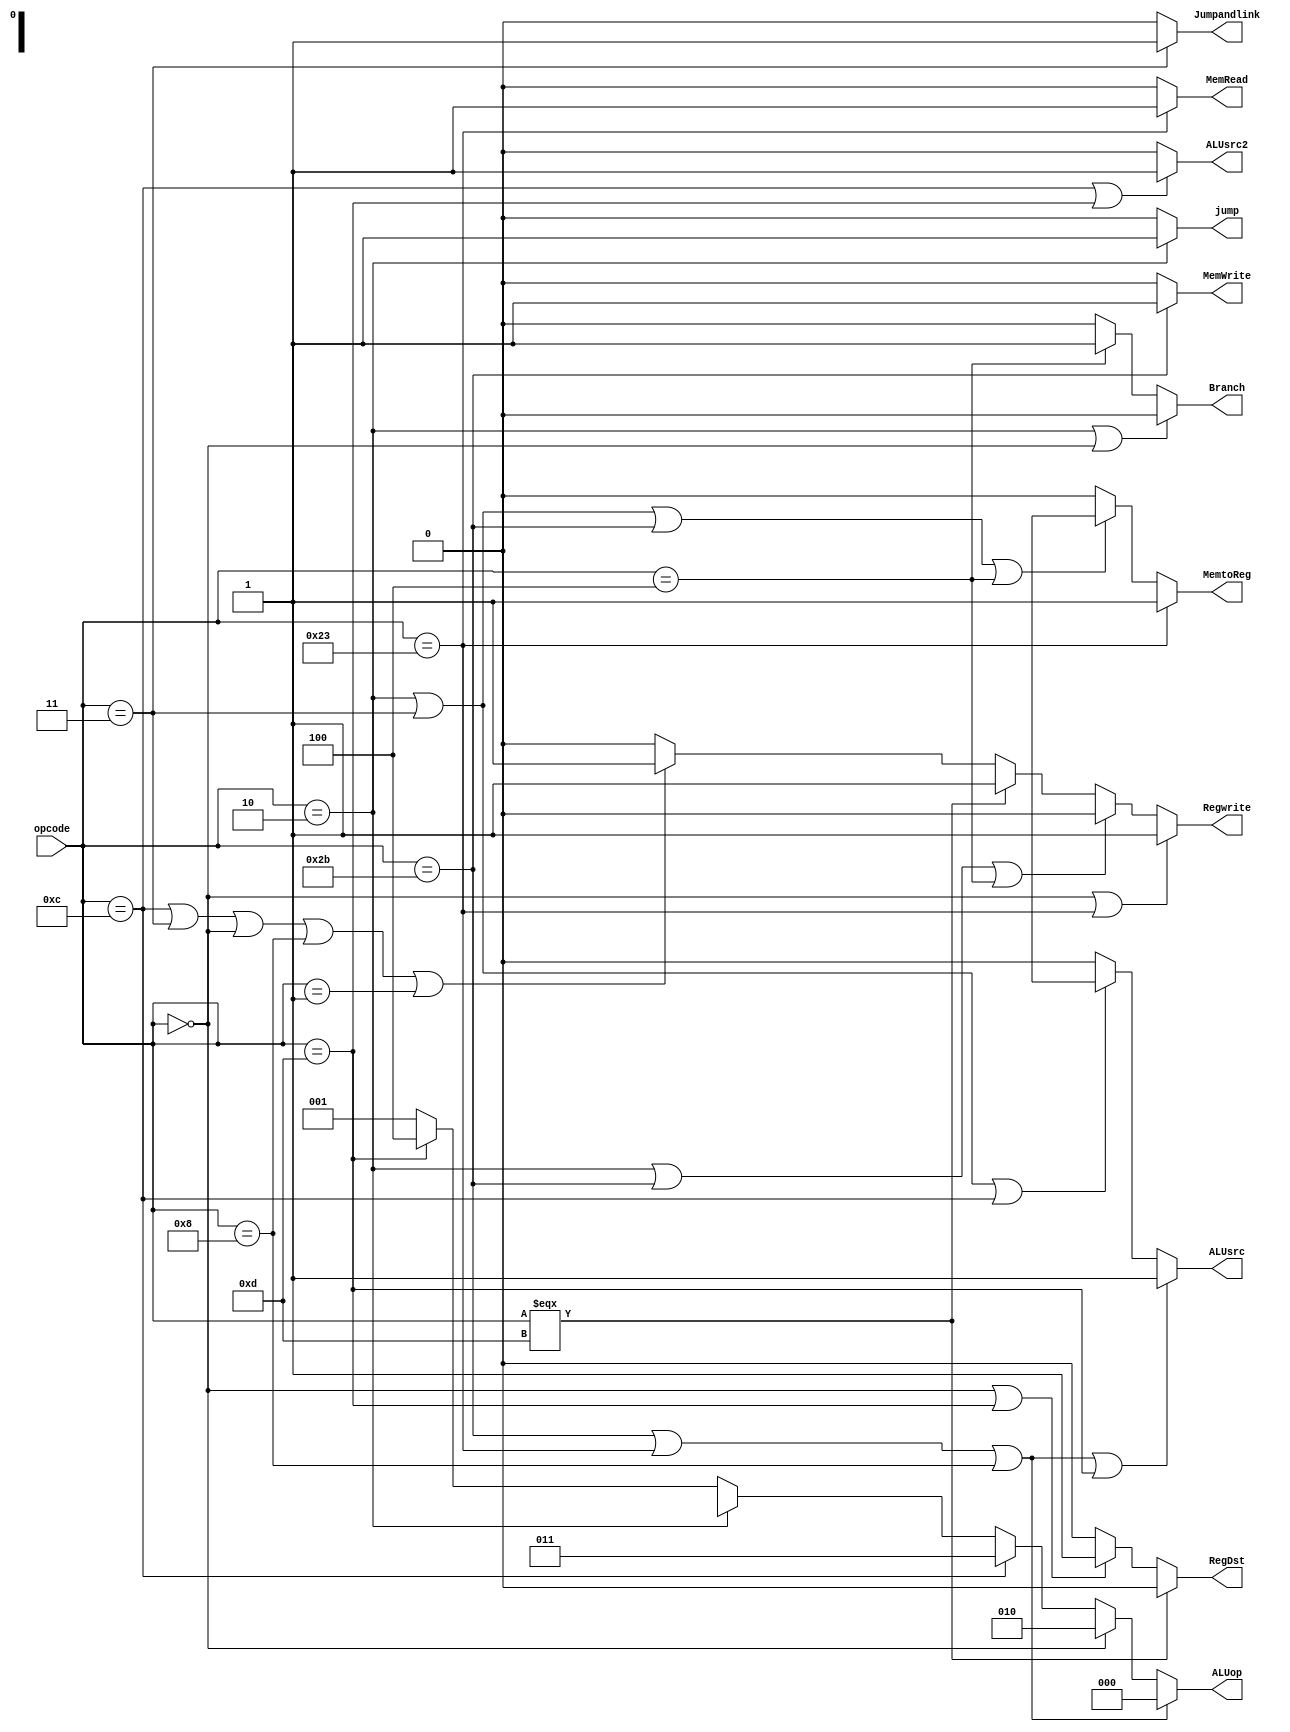
module control_unit(ALUsrc,ALUsrc2,Jumpandlink, MemRead,MemWrite,ALUop,RegDst,Regwrite,Branch,MemtoReg,jump,opcode);//clk,reset
output ALUsrc,jump,ALUsrc2,Jumpandlink,MemRead,MemWrite,RegDst,Regwrite,Branch,MemtoReg;
output [2:0] ALUop;
reg [2:0] ALUop;
reg ALUsrc,ALUsrc2,Jumpandlink, MemRead,jump,MemWrite,RegDst,Regwrite,Branch,MemtoReg;
input [5:0] opcode;
//input clk,reset;
always @(*)
begin
if(opcode==3) Jumpandlink=1'b1;  // jumpandlink             
else Jumpandlink=1'b0;

if(opcode==2) jump=1'b1;  // jump              
else jump=1'b0;

if (opcode ==12 || opcode==13) ALUsrc2=1'b1; //andi,ori
else  ALUsrc2=1'b0;

if(opcode==8) RegDst=1'b0; //addi
else if (opcode==3) RegDst=1'bx;
else RegDst=1'b1;

if(opcode==0 || opcode ==13) RegDst=1'b1; //R_format(add,sub,nor,and,or,jr,sll and slt)
else RegDst=1'b0;

if(opcode==35) MemRead=1'b1; //Lw
else MemRead=1'b0;

if (opcode==43) MemWrite=1'b1; //Sw
else MemWrite=1'b0;

if (opcode==4) Branch=1'b1; // branch 
else Branch=1'b0;


if(opcode==12 || opcode ==3 || opcode ==0 || opcode ==8 || opcode ==1) Regwrite=1'b1; 
else Regwrite=1'b0;


if(opcode===13) RegDst=1'b0;
if(opcode===13) Regwrite=1'b1;


if (opcode==43||opcode==35||opcode==8)  ALUop=3'b000;
else if (opcode==0) ALUop=3'b010;
else if (opcode==12) ALUop=3'b011;
else if (opcode==2) ALUop=3'bxxx;
else if (opcode==13) ALUop=3'b100;
else  ALUop=3'b001;



if (opcode==43||opcode==35 || opcode==8 || opcode==13) ALUsrc=1'b1;
else if (opcode==2 || opcode==3 || opcode==12) ALUsrc=1'bx;
else ALUsrc=0;



if (opcode==35) MemtoReg=1;
else if (opcode==2 || opcode==3 || opcode==43 || opcode==4) MemtoReg=1'bx;
else MemtoReg=0;


if (opcode==2 || opcode==0) Branch=1'b0;



if (opcode==0 || opcode==35) Regwrite=1;
else if(opcode==2 || opcode==43 || opcode==4) Regwrite=0;
 

end
endmodule

/*module cont_unit_tb;

reg  [31:26] opcode;

wire [1:0] ALUop;

wire  ALUsrc, MemRead,MemWrite,RegDst,Regwrite,Branch,MemtoReg;

cont_unit c1 (.ALUsrc(ALUsrc), .MemRead(MemRead),.MemWrite(MemWrite),.RegDst(RegDst),.Regwrite(Regwrite),.Branch(Branch),.MemtoReg(MemtoReg),.ALUop(ALUop),.opcode(opcode));
initial
begin
end 
endmodule*/